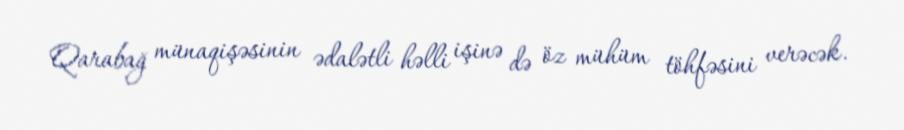
Qarabağ münaqişəsinin ədalətli həlli işinə də öz mühüm töhfəsini verəcək.